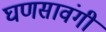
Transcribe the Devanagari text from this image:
घणसावंगी